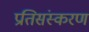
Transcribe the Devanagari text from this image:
प्रतिसंस्करण